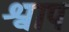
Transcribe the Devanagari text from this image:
श्वाप